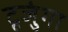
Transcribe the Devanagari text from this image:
टूजुंगा